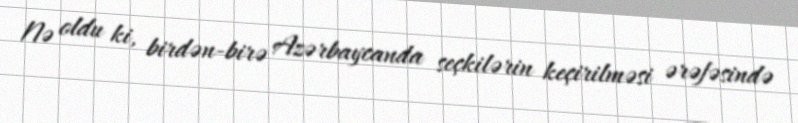
Nə oldu ki, birdən-birə Azərbaycanda seçkilərin keçirilməsi ərəfəsində